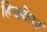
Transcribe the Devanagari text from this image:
हिचकियां